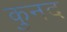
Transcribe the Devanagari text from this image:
कुनद